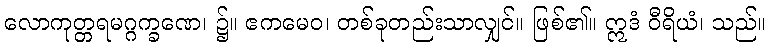
လောကုတ္တရမဂ္ဂက္ခဏေ၊ ၌။ ဧကမေဝ၊ တစ်ခုတည်းသာလျှင်။ ဖြစ်၏။ ဣဒံ ဝီရိယံ၊ သည်။